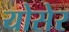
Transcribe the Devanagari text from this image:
योसेर